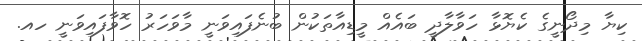
ކިޔާ މިދޯނީގެ ކެޔޮޅާ ހަވާލާދީ ބައެއް މީޑިއާތަކުން ބުނެފައިވަނީ މާވަހަރު ހޮވާފައިވަނީ ހއ.